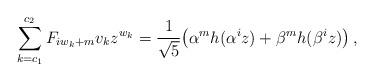
LaTeX: \begin{align*}\sum_{k = c_1 }^{c_2 } {F_{iw_k + m} v_kz^{w_k} } = \frac{1}{\sqrt5}\big(\alpha^m h(\alpha ^i z) + \beta^m h(\beta ^i z)\big)\,,\end{align*}